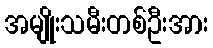
အမျိုးသမီးတစ်ဦးအား